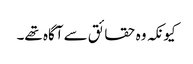
کیونکہ وہ حقائق سے آگاہ تھے۔